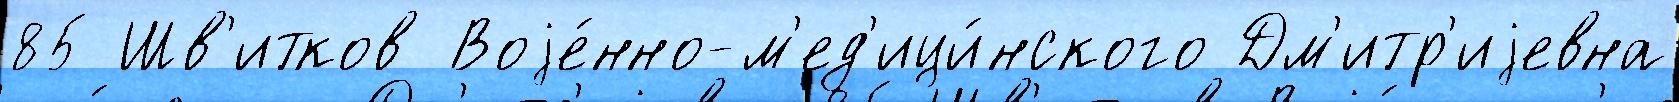
85 Шв'итков Воjе́нно-м'ед'ици́нского Дм'итр'иjевна